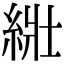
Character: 𦀜